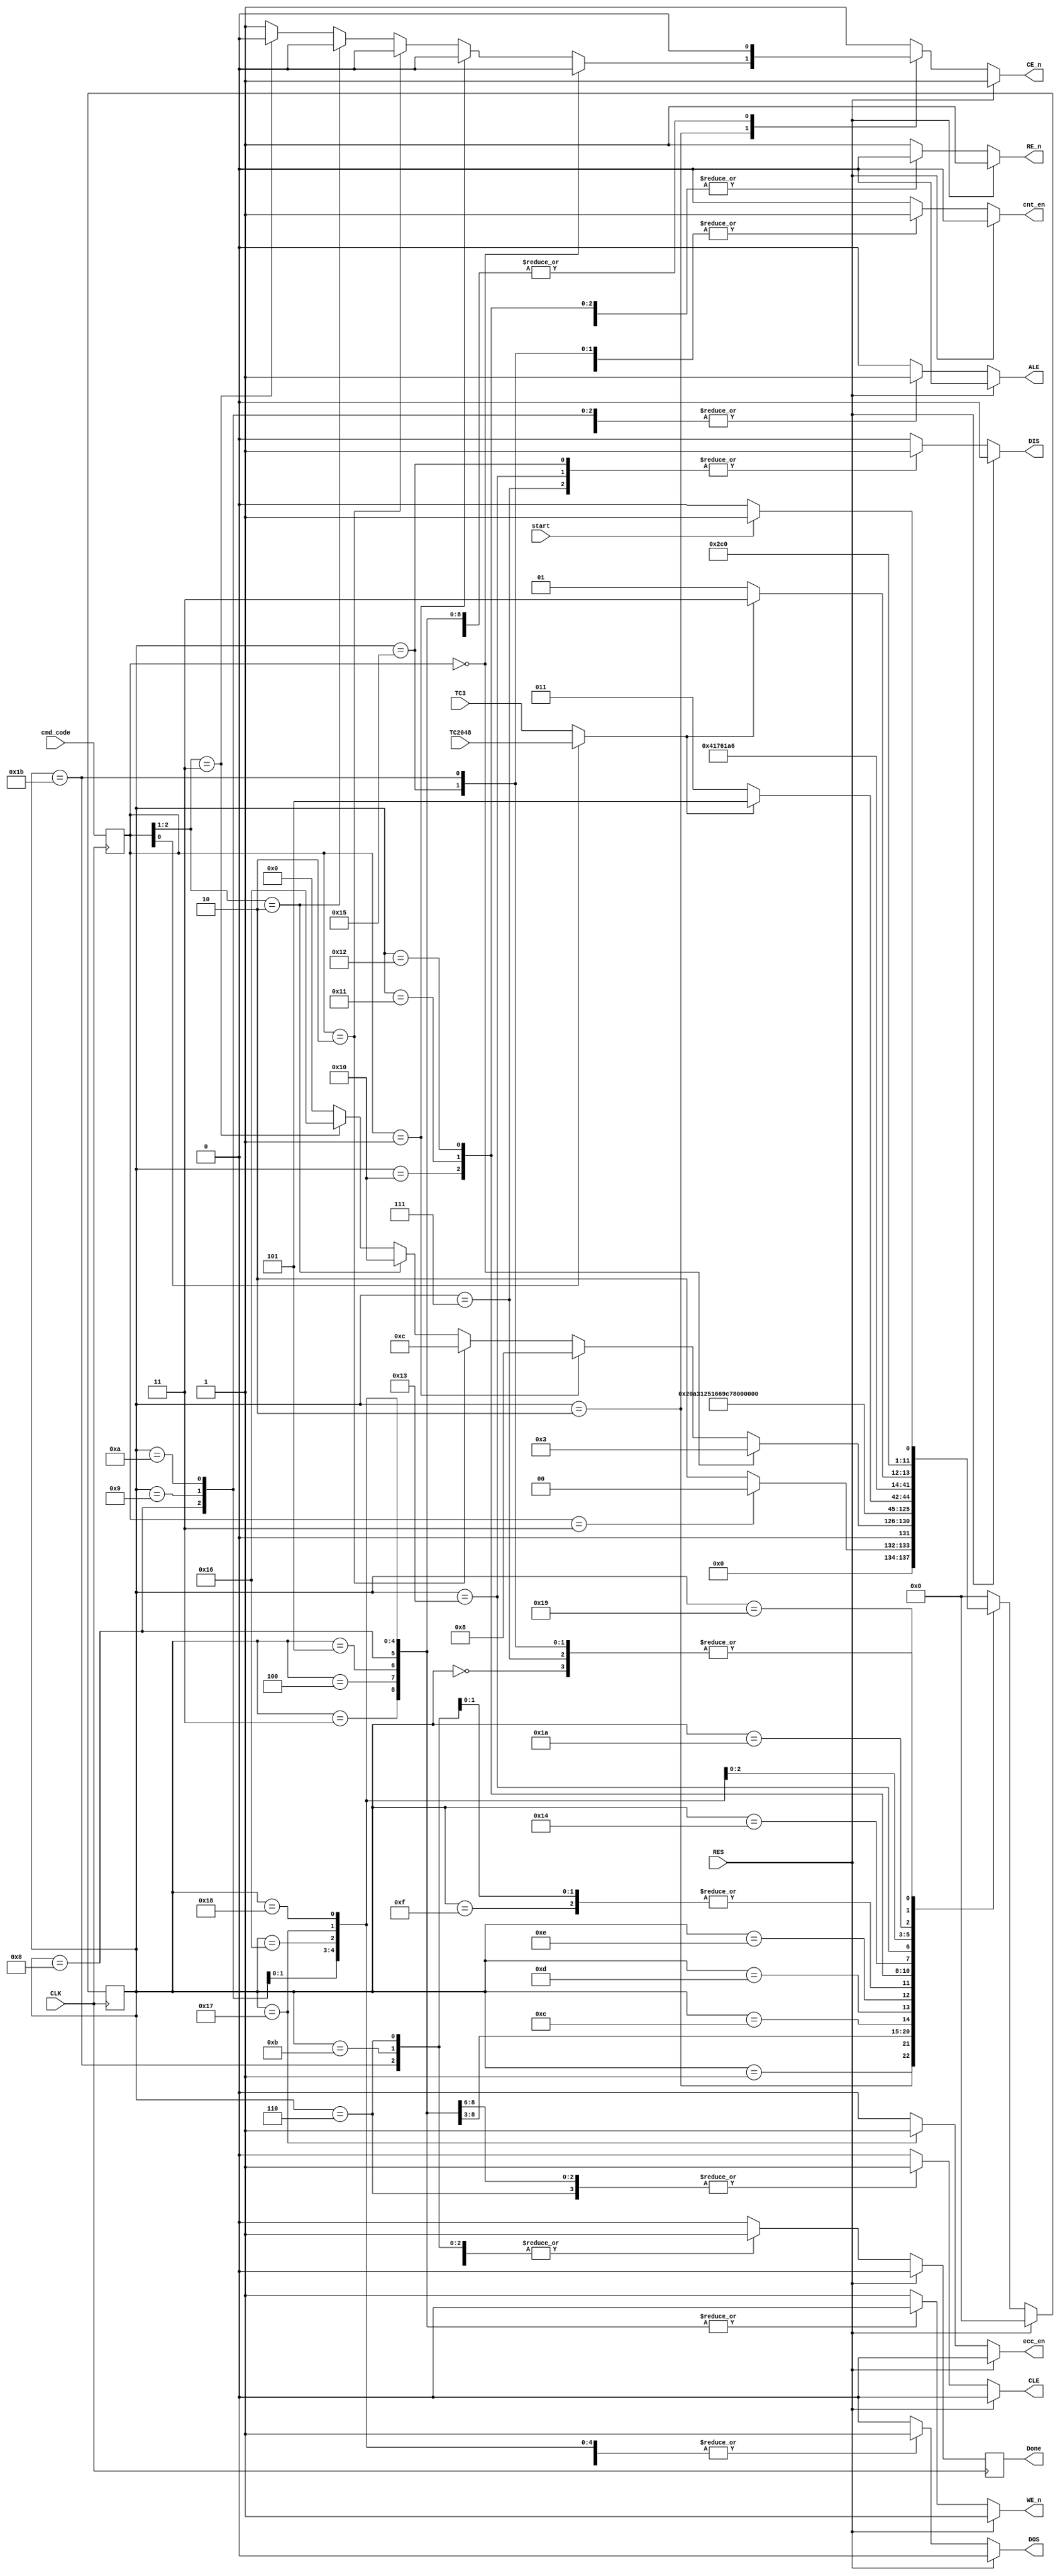
//-------------------------------------------------------------------------
//  >>>>>>>>>>>>>>>>>>>>>>>>> COPYRIGHT NOTICE <<<<<<<<<<<<<<<<<<<<<<<<<
//-------------------------------------------------------------------------
//  Copyright (c) 2006-2010 by Lattice Semiconductor Corporation
//
//-------------------------------------------------------------------------
// Permission:
//
//   Lattice Semiconductor grants permission to use this code for use
//   in synthesis for any Lattice programmable logic product.  Other
//   use of this code, including the selling or duplication of any
//   portion is strictly prohibited.
//
// Disclaimer:
//
//   This VHDL or Verilog source code is intended as a design reference
//   which illustrates how these types of functions can be implemented.
//   It is the user's responsibility to verify their design for
//   consistency and functionality through the use of formal
//   verification methods.  Lattice Semiconductor provides no warranty
//   regarding the use or functionality of this code.
//-------------------------------------------------------------------------
//
//    Lattice Semiconductor Corporation
//    5555 NE Moore Court
//    Hillsboro, OR 97124
//    U.S.A
//
//    TEL: 1-800-Lattice (USA and Canada)
//    503-268-8001 (other locations)
//
//    web: http://www.latticesemi.com/
//
//-------------------------------------------------------------------------
//
// Revision History :
// --------------------------------------------------------------------
//   Ver  :| Author :| Mod. Date :| Changes Made:
//   V01.0:| A.Y    :| 09/30/06  :| Initial ver
//   v01.1:| J.T    :| 06/21/09  :| just use one buffer
// --------------------------------------------------------------------
//
//
//Description of module:
//--------------------------------------------------------------------------------
// Timing FSM creating all the necessary control signals for the nand-flash memory.
// --------------------------------------------------------------------
`timescale 1 ns / 1 ps

module TFSM(
  CLE ,
  ALE ,
  WE_n,
  RE_n,
  CE_n,
  DOS ,
  DIS ,
  cnt_en,
  TC3,
  TC2048,
  CLK,
  RES,
  start,
  cmd_code,
  ecc_en,
  Done
)/*synthesis ugroup="mfsm_group" */;

  output reg CLE ; //-- CLE
  output reg ALE ; //-- ALE
  output reg WE_n; // -- ~WE
  output reg RE_n; // -- ~RE
  output reg CE_n; // -- ~CE
  output reg DOS ; // -- data out strobe
  output reg DIS ; //  -- data in strobe
  output reg cnt_en; //-- ca counter ce
  input TC3 ; //-- term counts
  input TC2048;
  input CLK ;
  input RES ;
  input start;
  input [2:0] cmd_code;
  output reg Done;
  output reg ecc_en;

// Command codes:
// 000 -Cmd Latch
// 001 -Addr latch
// 010 -Data Read 1 (1 cycle as status)
// 100 -Data Read multiple (w TC3)
// 101 -Data Read multiple (w TC2048)
// 110 -Data Write (w TC3)
// 111 -Data Write (w TC2048)
// others'll return to Init

parameter Init=0, S_Start=1, S_CE=2,
S_CLE=3, S_CmdOut=4, S_WaitCmd=5, DoneCmd=6, Finish=7, // Cmd latch
S_ALE=8, S_ADout=9, WaitAd=10, DoneAd=11, // Addr latch
S_RE1=12, WaitR1=13, WaitR2=14, DoneR1=15,// -- Read data 1
S_RE=16, WaitR1m=17, WaitR2m=18, WaitR3m=19, S_DIS=20, FinishR=21,//  -- Read data TC
S_WE=22, WaitW=23, WaitW1=24, WaitW2=25, S_nWE=26, FinishW=27;//   -- write data

reg [5:0] NxST, CrST;
reg Done_i;//  -- muxed Term Cnt
wire TC;
reg [2:0] cmd_code_int;

assign TC = cmd_code_int[0]?TC2048:TC3;

always@(posedge CLK)
  if (RES)
    Done <=0;
  else
    Done <= Done_i;


always@(posedge CLK)
  cmd_code_int <= cmd_code;

//the State Machine
always@(posedge CLK)
  CrST <= NxST;


always@(RES or TC or cmd_code_int or start or CrST)
if (RES) begin
  NxST <= Init;
  DIS <= 0;
  DOS <= 0;
  Done_i <=0;
  ALE <= 0;
  CLE <= 0;
  WE_n <= 1;
  RE_n <= 1;
  CE_n <= 1;
  cnt_en <=0;
  ecc_en<=1'b0;
end else begin//            -- default values
   DIS <= 0;
   DOS <= 0;
   Done_i <=0;
   ALE <= 0;
   CLE <= 0;
   WE_n <= 1;
   RE_n <= 1;
   CE_n <= 1;
   cnt_en <=0;
   ecc_en<=1'b0;
  case (CrST)
    Init:begin
      if (start)
        NxST <= S_Start;
      else
        NxST <= Init;
    end
    S_Start:begin
      if (cmd_code_int==3'b011)//  -- nop
        NxST <= Init;
      else
        NxST <= S_CE;
    end
    S_CE:begin
      if (cmd_code_int==3'b000) begin
        NxST <= S_CLE;
        CE_n <= 0;
      end else if (cmd_code_int ==3'b001) begin
        NxST <= S_ALE;
        CE_n <= 0;
      end else if (cmd_code_int ==3'b010) begin
        NxST <= S_RE1;
        CE_n <= 0;
      end else if (cmd_code_int[2:1]==2'b10) begin
        NxST <= S_RE;
        CE_n <= 0;
      end else if (cmd_code_int[2:1] ==2'b11) begin
        NxST <= S_WE;
        CE_n <= 0;
      end else
        NxST <= Init;
    end
    S_CLE:begin
      CE_n <=0;
      CLE <= 1;
      WE_n <=0;
      NxST <= S_CmdOut;
    end
    S_CmdOut:begin
      CE_n <=0;
      CLE <= 1;
      WE_n <= 0;
      DOS <= 1;
      NxST <= S_WaitCmd;
    end
    S_WaitCmd:begin
      CE_n <=0;
      CLE <= 1;
      WE_n <=0;
      DOS <= 1;
      NxST <= DoneCmd;
    end
    DoneCmd:begin
      Done_i <=1;
      CE_n <= 0;
      CLE <= 1;
      DOS <= 1;
      NxST <= Finish;
    end
    Finish:begin
      DIS <=1; // --1226
      if (start)
        NxST <= S_Start;
      else
        NxST <= Init;
    end
    S_ALE:begin
      CE_n <=0;
      ALE <= 1;
      WE_n <= 0;
      NxST <= S_ADout;
    end
    S_ADout:begin
      CE_n <= 0;
      ALE <= 1;
      WE_n <= 0;
      DOS <= 1;
      NxST <= WaitAd;
    end
    WaitAd:begin
      CE_n <= 0;
      ALE <= 1;
      WE_n <= 0;
      DOS <= 1;
      NxST <= DoneAd;
    end
    DoneAd:begin
      Done_i <= 1;
      CE_n <= 0;
      ALE <= 1;
      DOS <= 1;
      NxST <= Finish;
    end
    S_RE1:begin
      CE_n <= 0;
      RE_n <= 0;
      NxST <= WaitR1;
    end
    WaitR1:begin
      CE_n <= 0;
      RE_n <= 0;
      NxST <= WaitR2;
    end
    WaitR2:begin
      CE_n <= 0;
      RE_n <= 0;
      NxST <= DoneR1;
    end
    DoneR1:begin
      Done_i <= 1;
      cnt_en <=1;
      NxST <= Finish; // -- can set DIS there as there'll be no F_we in EBL case
    end
    S_RE:begin
      CE_n <= 0;
      RE_n <= 0;
      NxST <= WaitR1m;
    end
    WaitR1m:begin
      CE_n <= 0;
      RE_n <= 0;
      NxST <= WaitR2m;
    end
    WaitR2m:begin
      CE_n <= 0;
      RE_n <= 0;
      NxST <= S_DIS;
    end
    S_DIS:begin
      CE_n <=0;
//--    DIS  <=1;
      if (TC ==0)
        NxST <= WaitR3m;
      else
        NxST <= FinishR;
    end
    WaitR3m:begin
      CE_n <=0;
      cnt_en <=1;
      DIS <=1; // --1226
      NxST <= S_RE;
    end
    FinishR:begin
      Done_i <=1;
      cnt_en <=1;  //--AY
      DIS <=1; //    --1226
      if (start)
        NxST <= S_Start;
      else
        NxST <= Init;
    end
    S_WE:begin
      CE_n <=0;
      WE_n <=0;
      DOS <=1;
      NxST <= WaitW;
    end
    WaitW:begin
      ecc_en<=1'b1;
      CE_n <=0;
      WE_n <= 0;
      DOS <= 1;
      NxST <= WaitW1;
    end
    WaitW1:begin
      CE_n <=0;
      WE_n <=0;
      DOS <=1;
      NxST <= S_nWE;
    end
    S_nWE:begin
      CE_n <=0;
      DOS <= 1;
      if (TC ==0)
        NxST <= WaitW2;
      else
        NxST <= FinishW;
    end
    WaitW2:begin
      CE_n <= 0;
      DOS <= 1;
      cnt_en <= 1;
      NxST <= S_WE;
    end
    FinishW:begin
      Done_i <= 1;
      cnt_en <= 1;//  --AY
      DOS <= 1; //    --AY driving data for ECC
      if (start)
        NxST <= S_Start;
      else
        NxST <= Init;
    end
    default:
       NxST <= Init;
  endcase
 end


endmodule